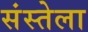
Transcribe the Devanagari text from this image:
संस्तेला